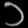
Digit: ၁